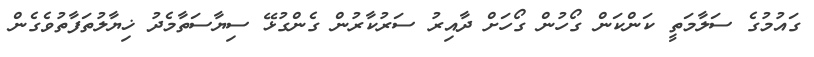
ގައުމުގެ ސަލާމަތީ ކަންކަން ގޯހުން ގޯހަށް ދާއިރު ސަރުކާރުން ގެންގުޅޭ ސިޔާސަތާމެދު ޚިޔާލުތަފާތުވެގެން